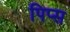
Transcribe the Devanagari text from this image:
पिप्स